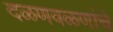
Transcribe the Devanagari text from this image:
दळणवळणांचे